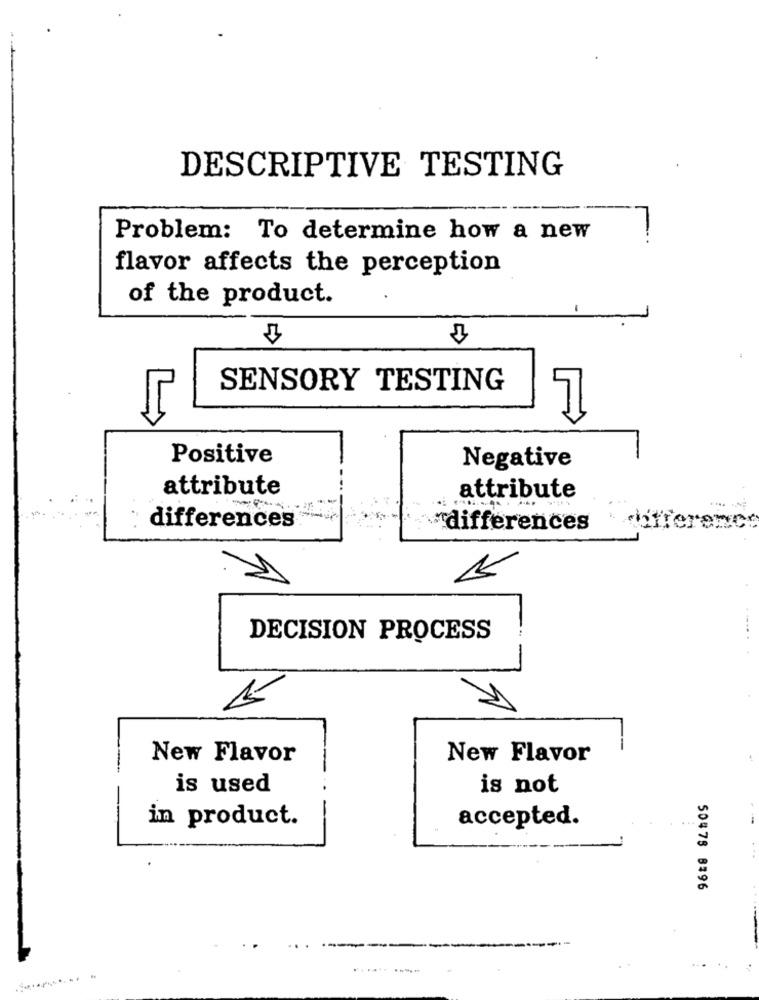
DESCRIPTIVE TESTING
Problem: To determine how a new
--
flavor affects the perception
of the product.
-
SENSORY TESTING
7
Positive
Negative
attribute
attribute
differences
"differences
DECISION PROCESS
15
New Flavor
New Flavor
is used
is not
in product.
accepted.
50478 8396
...........